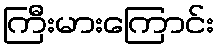
ကြီးမားကြောင်း